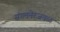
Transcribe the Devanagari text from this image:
संगमनेरजवळ